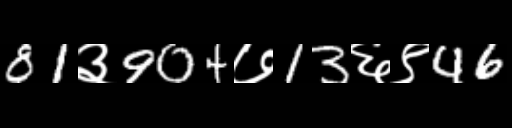
Text: 81३904७13६९46